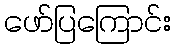
ဖော်ပြကြောင်း